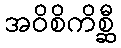
အဝိစိကိစ္ဆီ